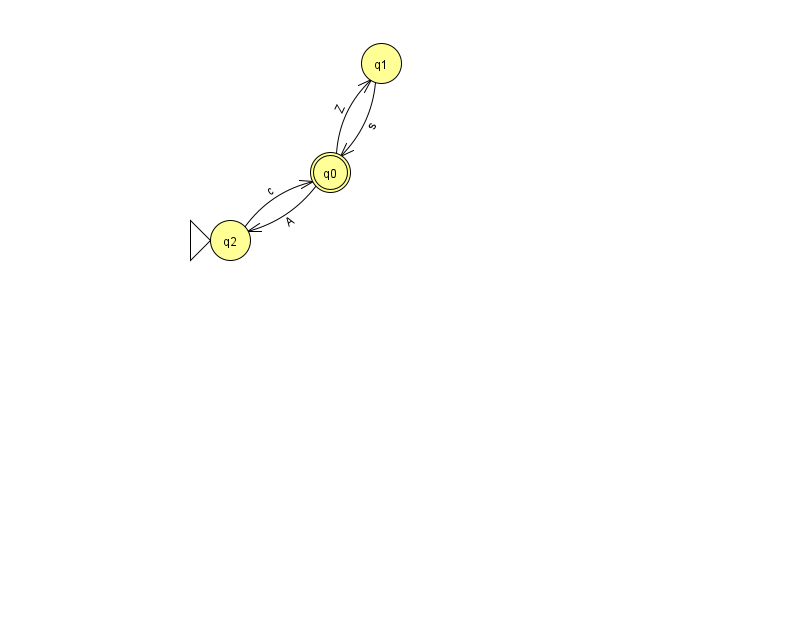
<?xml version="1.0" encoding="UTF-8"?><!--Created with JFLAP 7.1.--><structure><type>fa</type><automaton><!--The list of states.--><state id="0" name="q0"><x>330.0</x><y>159.0</y><final/></state><state id="1" name="q1"><x>381.0</x><y>50.0</y></state><state id="2" name="q2"><x>230.0</x><y>227.0</y><initial/></state><!--The list of transitions.--><transition><from>0</from><to>2</to><read>A</read></transition><transition><from>1</from><to>0</to><read>s</read></transition><transition><from>2</from><to>0</to><read>c</read></transition><transition><from>0</from><to>1</to><read>Z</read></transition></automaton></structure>